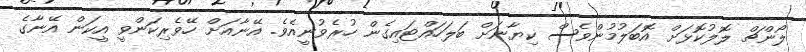
ލޯންޗް ލޮލުކޮޅަށް އޮބަލުމުންވެސް ކިޔާނަށް ބަލަހައްޓައިގެން ހުރެވުނީއެވެ. އޭނާއަށް ހޭވެރިކަންވީ އީކަން އޭނާގެ